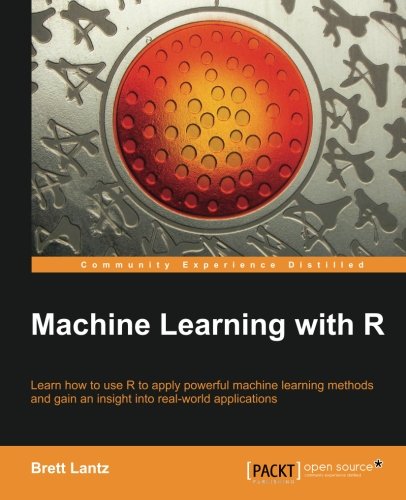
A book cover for Machine Learning with R; Brett Lantz; Computers & Technology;